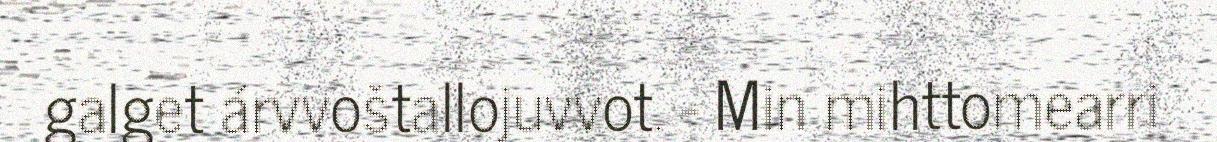
galget árvvoštallojuvvot. - Min mihttomearri